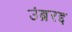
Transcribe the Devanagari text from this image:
उंब्ररद्द